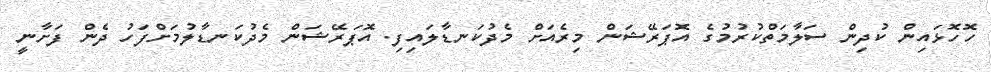
ހޮހޮޅައިން ކުދިން ސަލާމަތްކުރުމުގެ އޮޕަރޭޝަން މިރެއަށް މެދުކަނޑާލައިފި. އޮޕަރޭޝަން މެދުކަނޑާލުމަށްފަހު ދެން ފަށާނީ